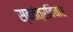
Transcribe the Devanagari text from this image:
स्वतंत्रविचार